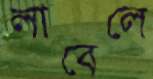
লাবেলে